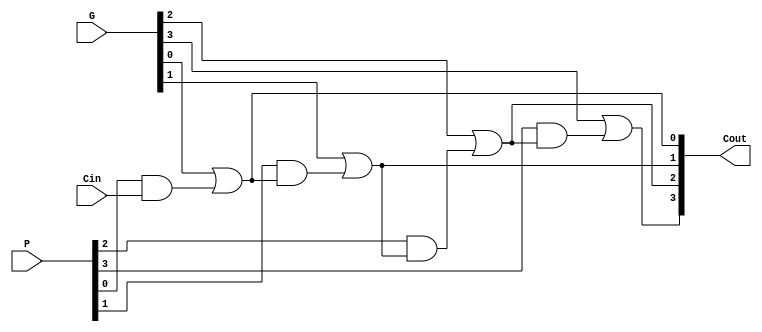
module carry4Bit(Cin, G, P, Cout);
        input Cin;
        input [3:0] G, P;
        output [3:0] Cout;



        assign Cout[0] = G[0] | (P[0] & Cin);
        assign Cout[1] = G[1] | (P[1] & Cout[0]);
        assign Cout[2] = G[2] | (P[2] & Cout[1]);
        assign Cout[3] = G[3] | (P[3] & Cout[2]);
    

        // assign PG = &P; 
        // assign GG = G[3] | (G[2] & P[3]) | (G[1] & (&P[3:2])) | (G[0] & (&P[3:1]));


endmodule